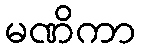
မဏိကာ